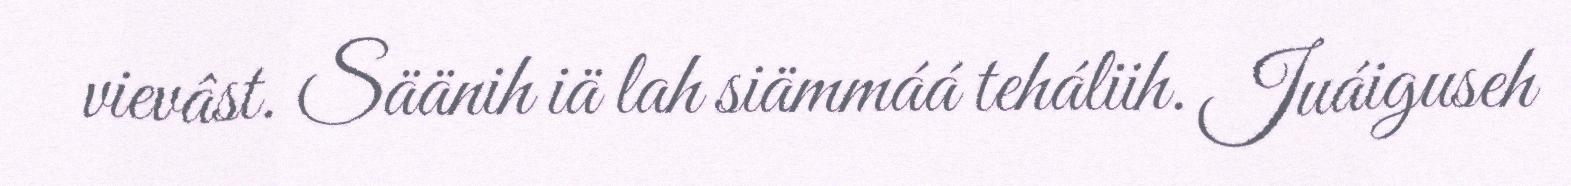
vievâst. Säänih iä lah siämmáá teháliih. Juáiguseh